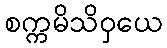
စက္ကမိသိဝှယေ